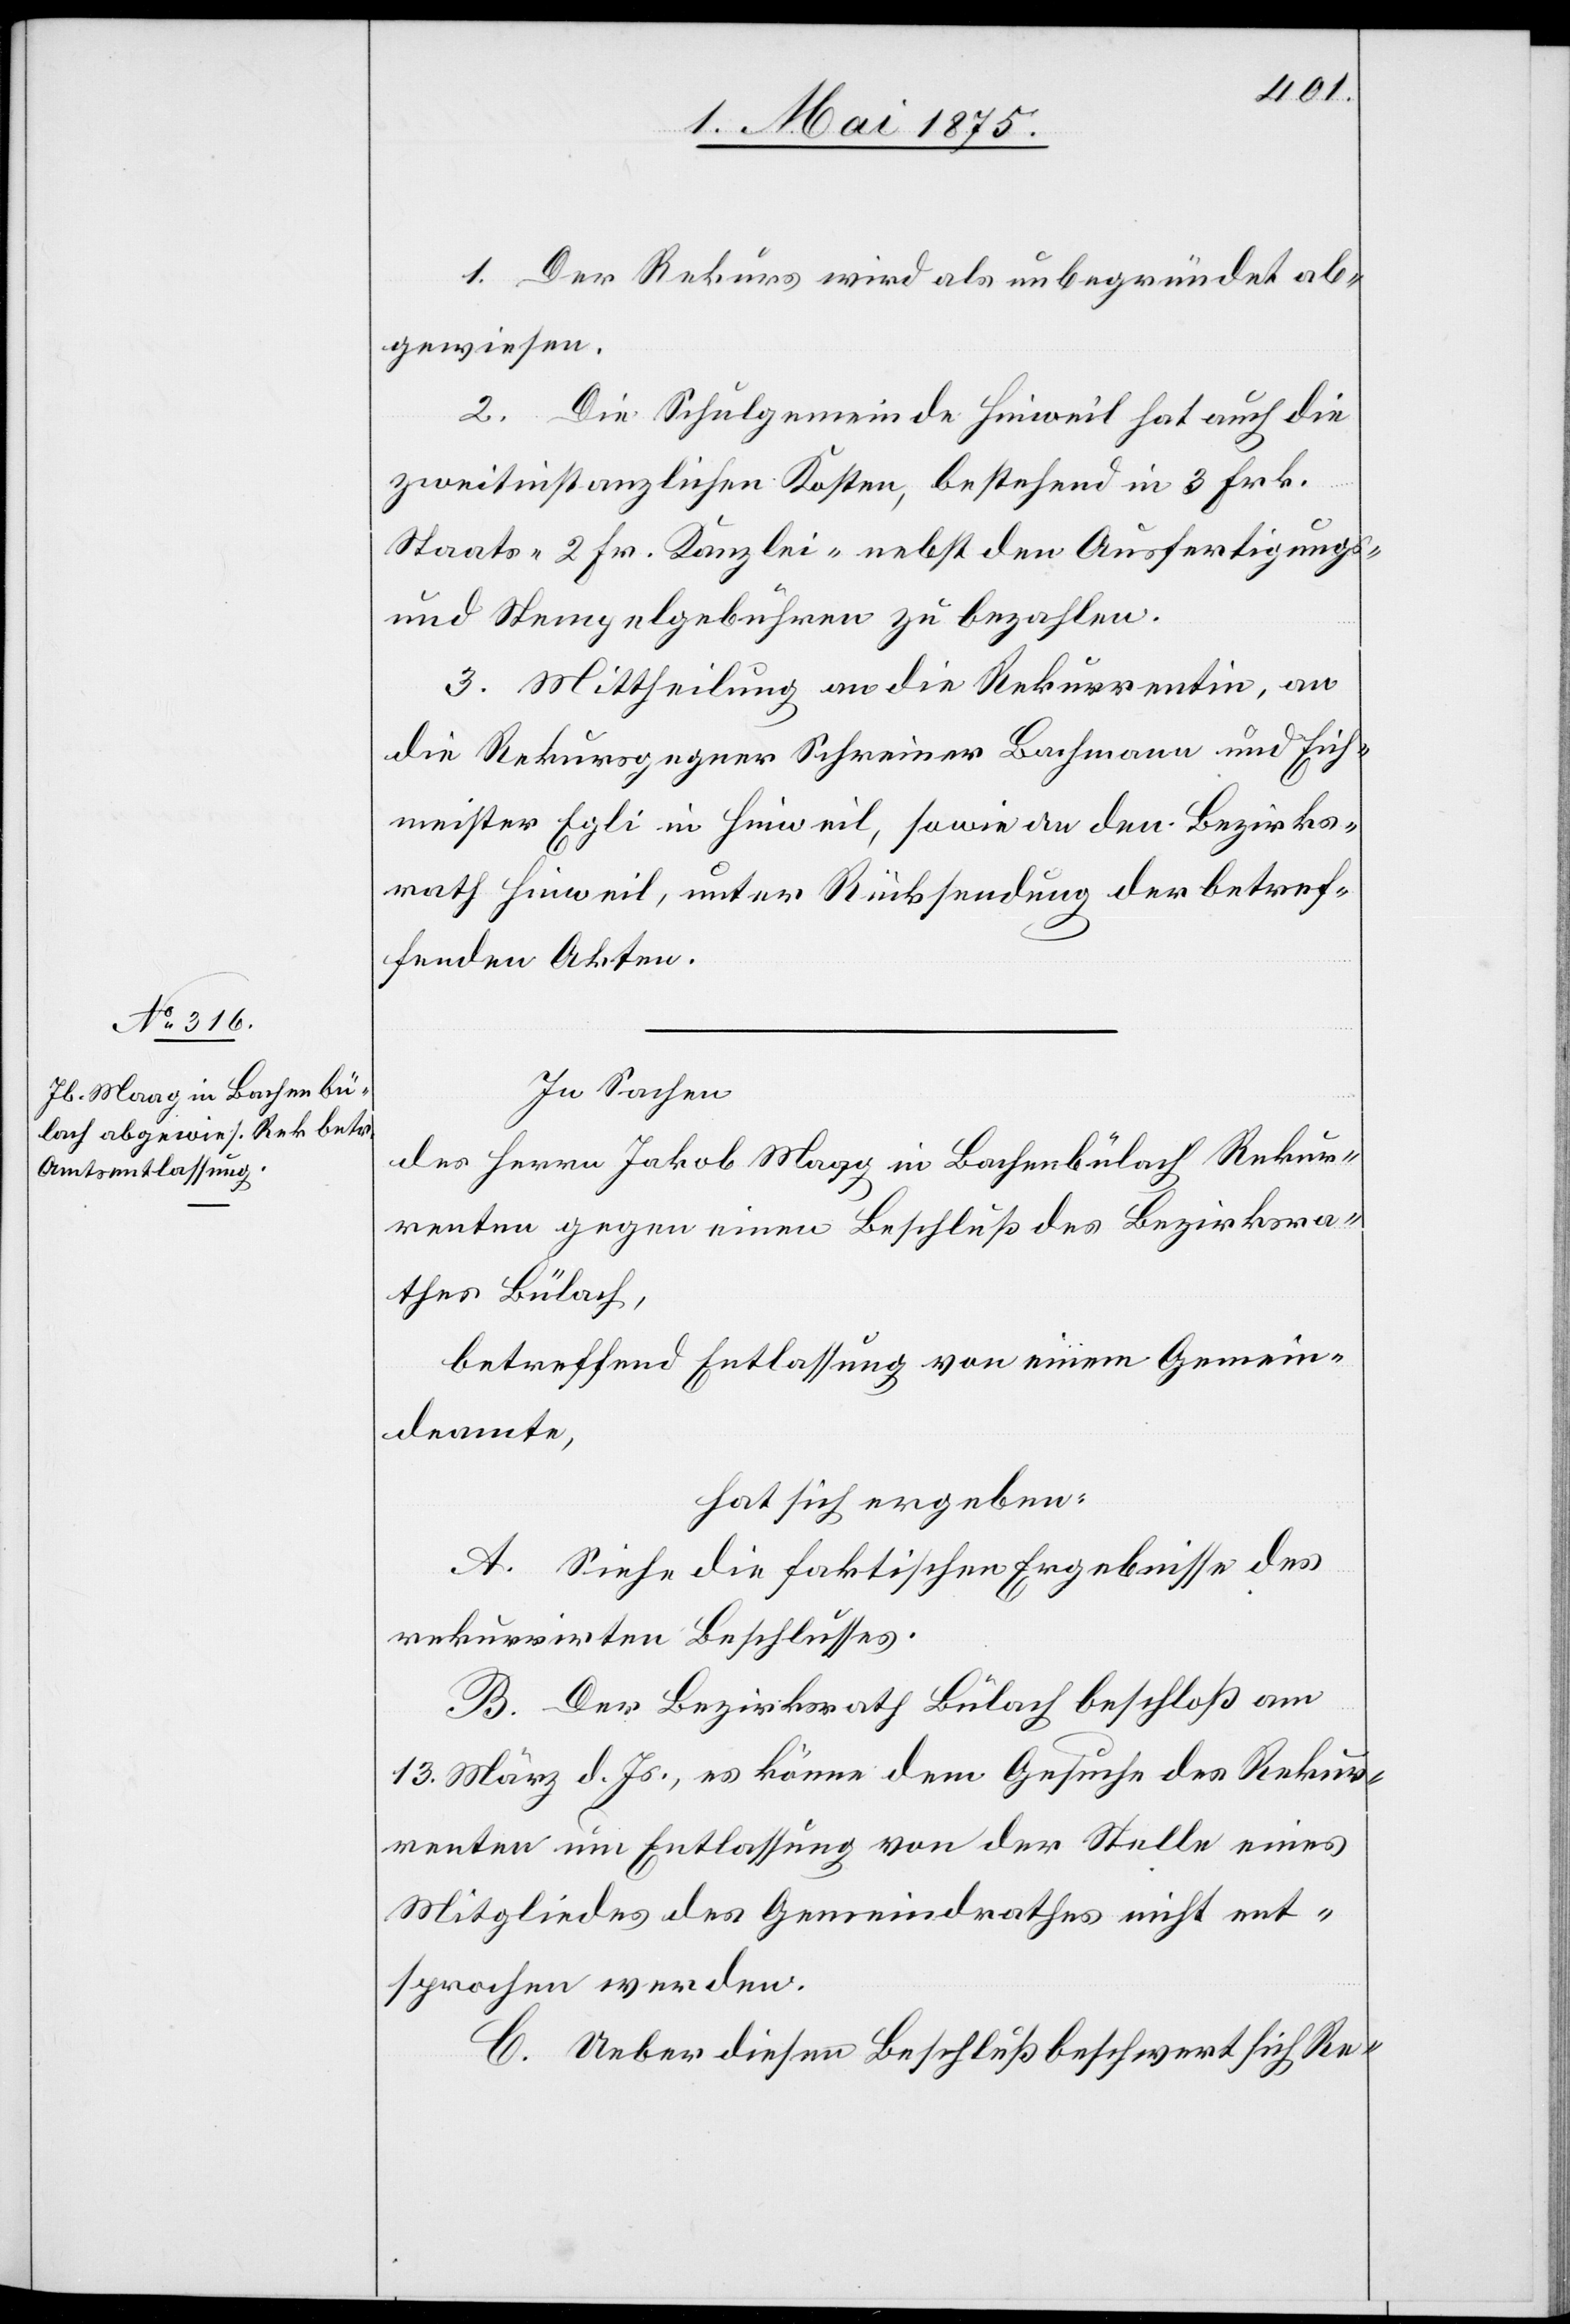
1. Der Rekurs wird als unbegründet ab¬
gewiesen.
2. Die Schulgemeinde Hinweil hat auch die
zweitinstanzlichen Kosten, bestehend in 3 Frk.
Staats- 2 Fr. Kanzlei- nebst den Ausfertigungs-
und Stempelgebühren zu bezahlen.
3. Mittheilung an die Rekurrentin, an
die Rekursgegner Schreiner Bachmann und Eich¬
meister Egli in Hinweil, sowie an den Bezirks¬
rath Hinweil, unter Rücksendung der betref¬
fenden Akten.
In Sachen
des Herrn Jakob Maag in Bachenbülach, Rekur¬
renten gegen einen Beschluß des Bezirksra¬
thes Bülach,
betreffend Entlassung von einem Gemein¬
deamte,
hat sich ergeben:
A. Siehe die faktischen Ergebnisse des
rekurrirten Beschlusses.
B. Der Bezirksrath Bülach beschloß am
13. März d. Js., es könne dem Gesuche des Rekur¬
renten um Entlassung von der Stelle eines
Mitgliedes des Gemeindrathes nicht ent¬
sprochen werden.
C. Ueber diesen Beschluß beschwert sich Re-